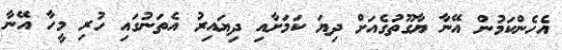
އެހެންކަމުން އޭނާ ޔާގޫތުގެއަށް ދިޔަ ކަމަށާއި ދިޔައިރު އެތަނުގައި ހުރި މީހާ އޭނާ